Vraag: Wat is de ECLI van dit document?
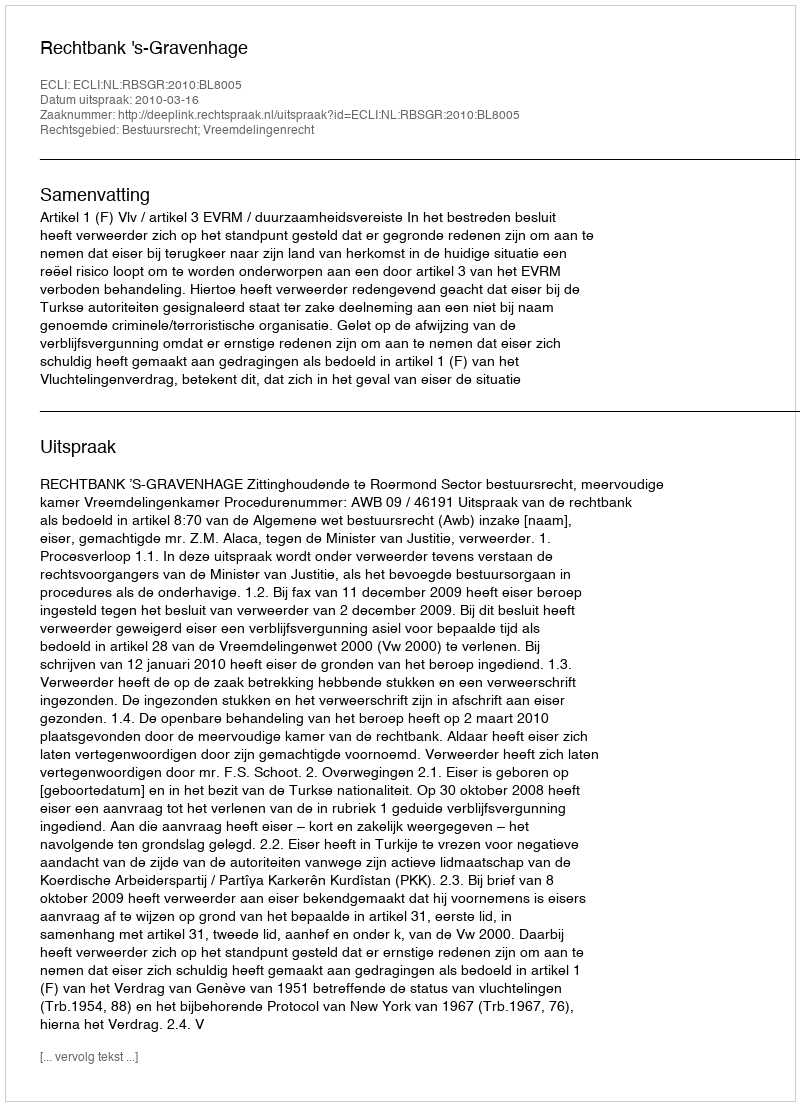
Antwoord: ECLI:NL:RBSGR:2010:BL8005